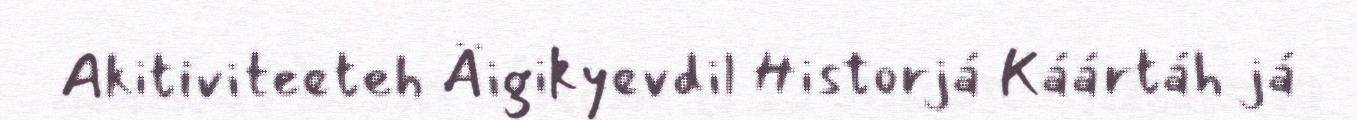
Akitiviteeteh Äigikyevdil Historjá Káártáh já